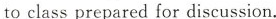
to class prepared for discussion.